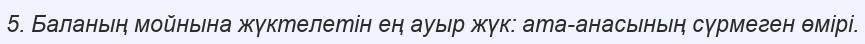
5. Баланың мойнына жүктелетін ең ауыр жүк: ата-анасының сүрмеген өмірі.